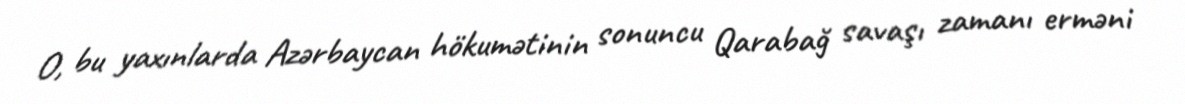
O, bu yaxınlarda Azərbaycan hökumətinin sonuncu Qarabağ savaşı zamanı erməni